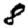
Digit: 8